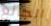
الجائع